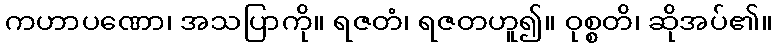
ကဟာပဏော၊ အသပြာကို။ ရဇတံ၊ ရဇတဟူ၍။ ဝုစ္စတိ၊ ဆိုအပ်၏။